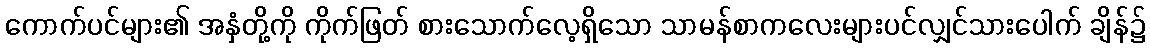
ကောက်ပင်များ၏ အနှံတို့ကို ကိုက်ဖြတ် စားသောက်လေ့ရှိသော သာမန်စာကလေးများပင်လျှင်သားပေါက် ချိန်၌